Leningradi_Edasi_toimetus, lk 14
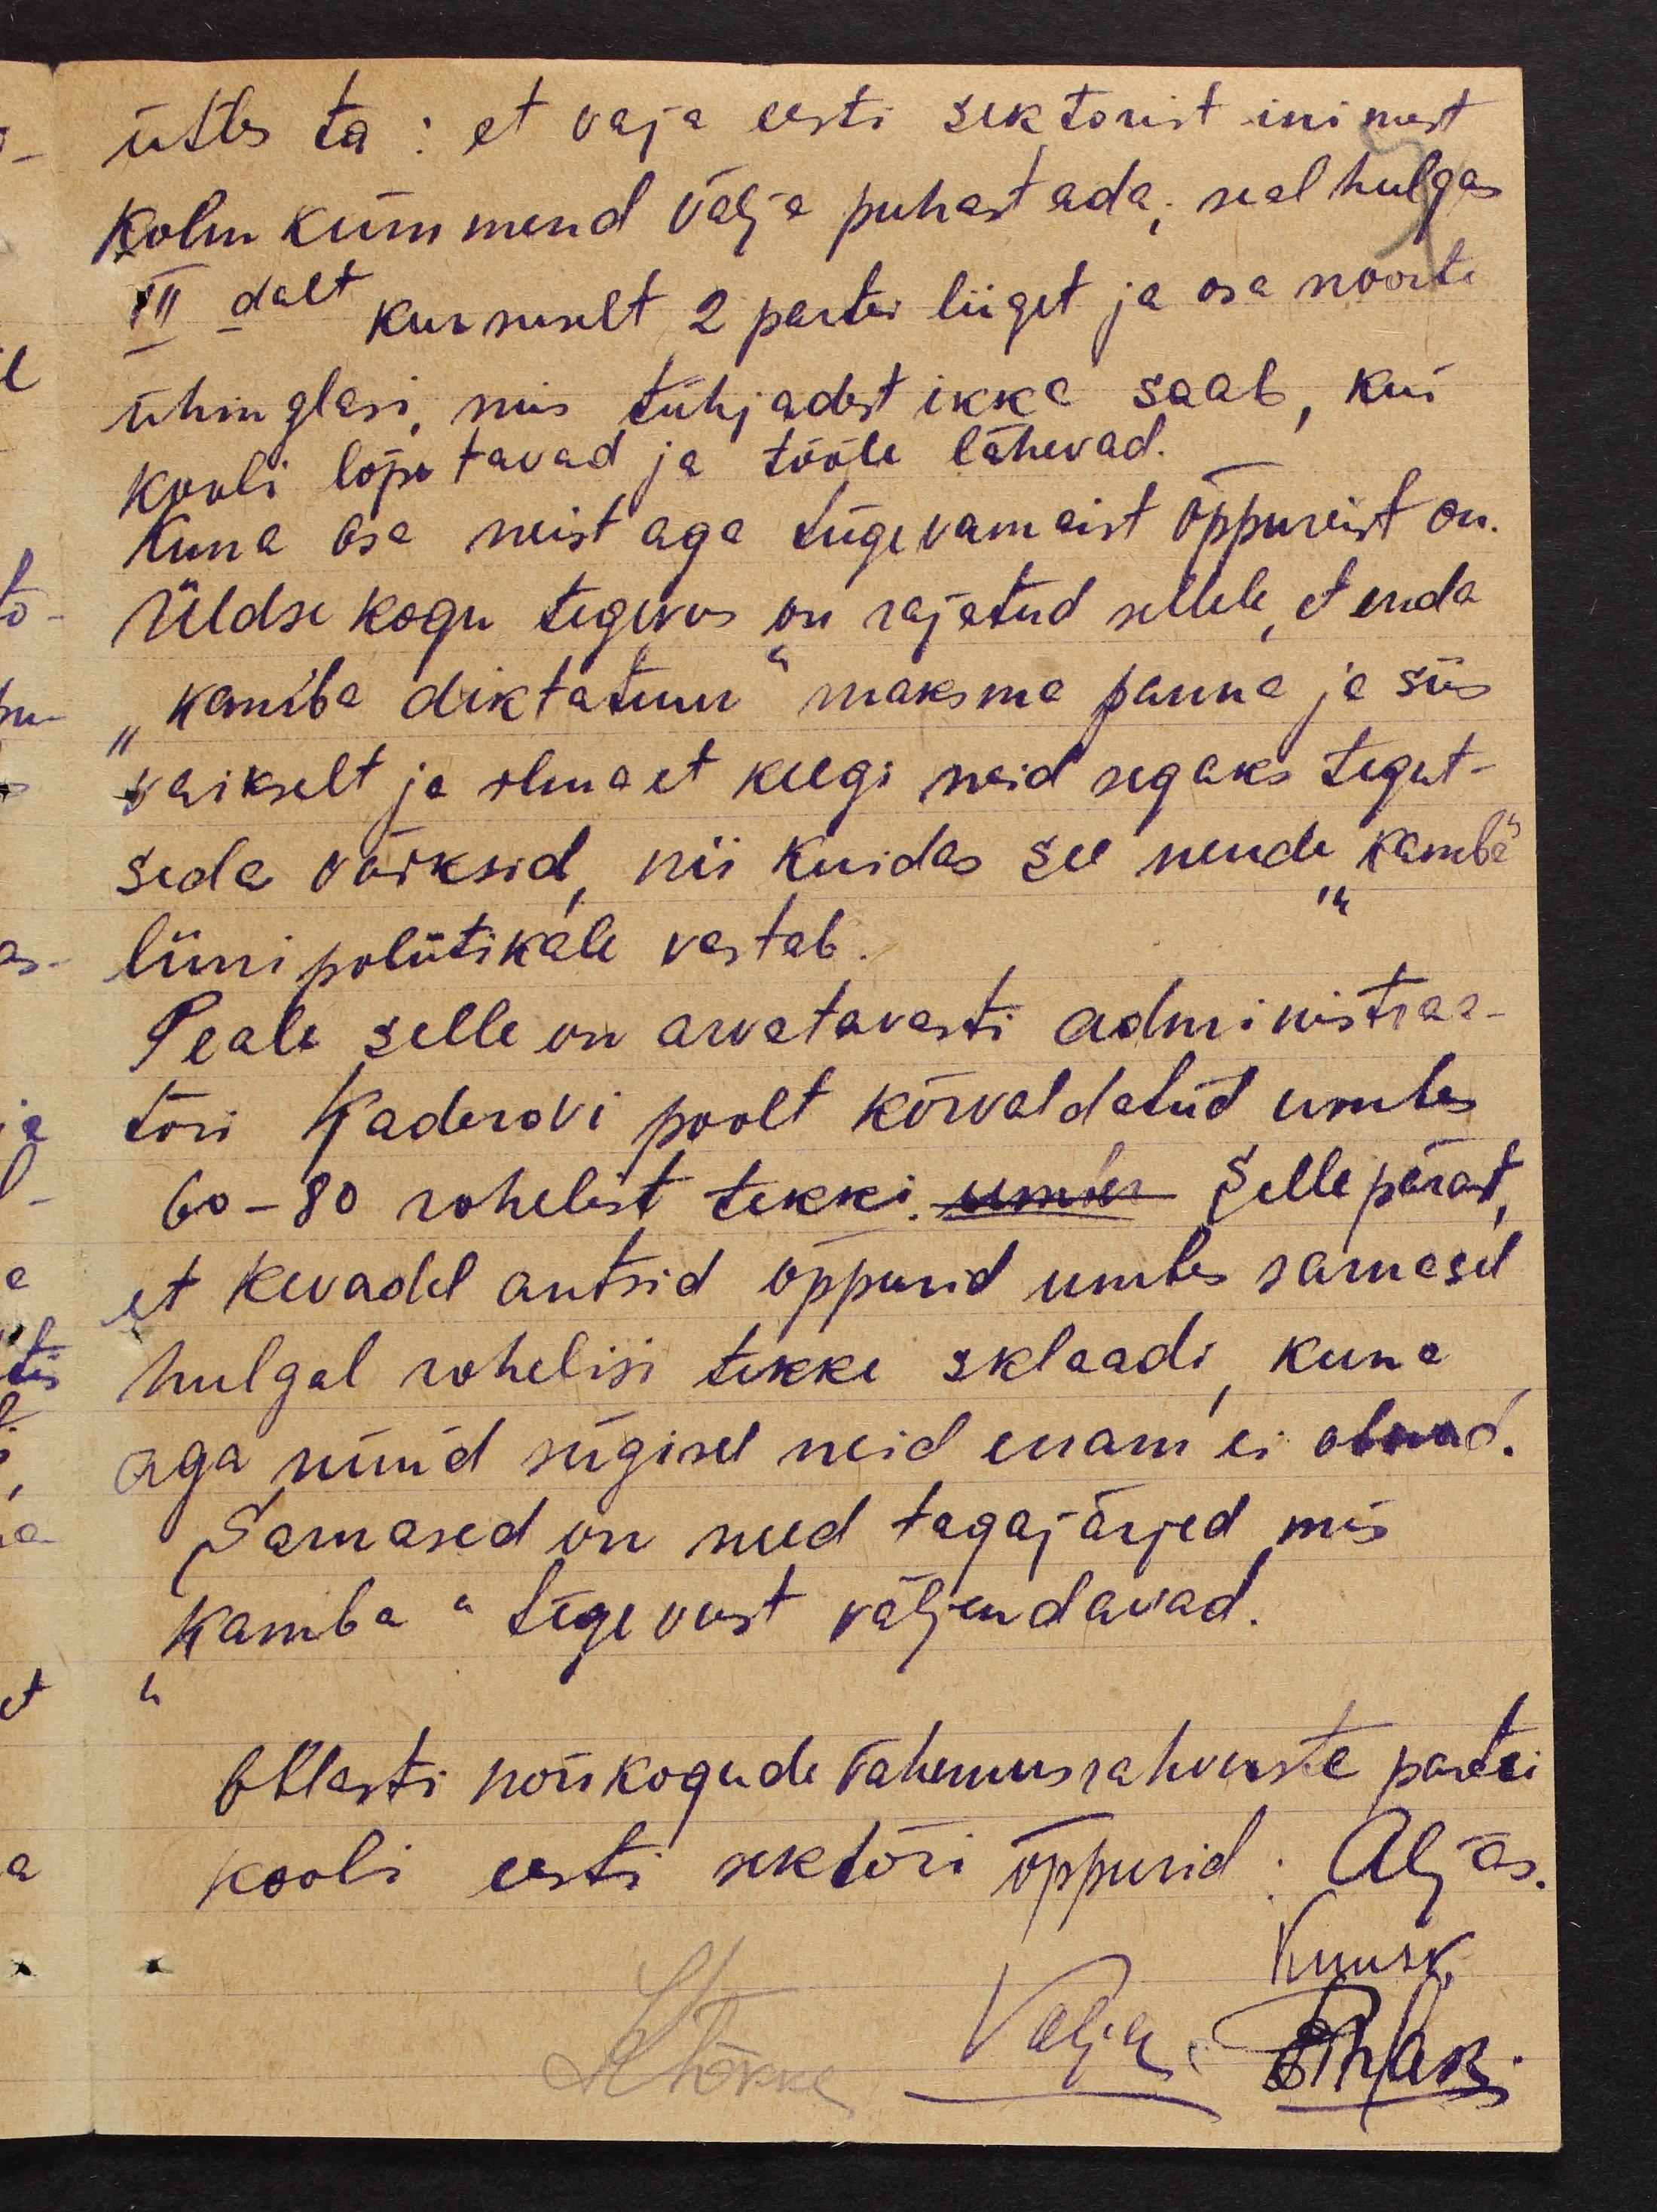
ütles ta: et vaja eesti sektorist inimest
kolmkümmend välja puhastada; sealhulgas
IIIdalt kursuselt 2 partei liiget ja osa noorte
ühinglasi, mis tühjadest ikka saab, kui
kooli lõpetavad ja tööle lähevad.
Kuna osa neist aga tügevamaist õppureist on.
Üldse kogu tegevus on rajatud sellele, et enda
"kamba diktatuur" maksma panna ja siis
vaikselt ja ilma et keegi neid segaks tegut-
seda võiksid, nii kuidas see nende "kamba"
liini poliitikale vastab.
Peale selle on arvatavasti administraa-
tori Kaderovi poolt kõrvaldatud umbes
60-80 rohelist tekki umbes sellepärast,
et kevadel antsid õppurid umbes sarnasel
hulgal rohelisi tekke sklaadi, kuna
aga nüüd sügisel neid enam ei olnud.
Sarnased on need tagajärjed, mis
"kamba" tegevust väljendavad.
Oblasti nõukogude vähemusrahvuste partei
kooli eesti sektori õppurid: Aljas
Kuusk,
Valja
Pihlak
KTõkke